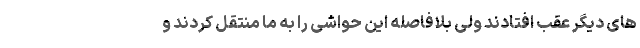
های دیگر عقب افتادند ولی بلافاصله این حواشی را به ما منتقل کردند و